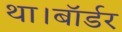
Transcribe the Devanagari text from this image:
था।बॉर्डर